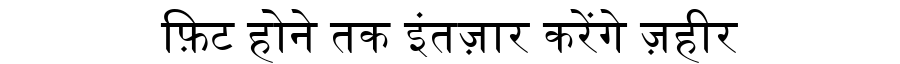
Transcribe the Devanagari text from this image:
फ़िट होने तक इंतज़ार करेंगे ज़हीर